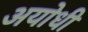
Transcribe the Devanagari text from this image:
अयोधी